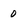
Character: 0